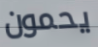
يحمون